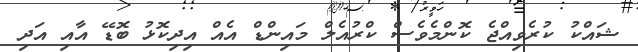
ޝައްކު ކުރެވިއްޖެ ކޮންމެވެސް ކްރުއެލް މައިންޑް އެއް އިދިކޮޅު ބޮޑޭ އާއި އަދި